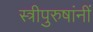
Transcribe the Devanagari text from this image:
स्त्रीपुरुषांनीं